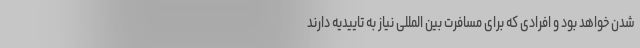
شدن خواهد بود و افرادی که برای مسافرت بین المللی نیاز به تاییدیه دارند